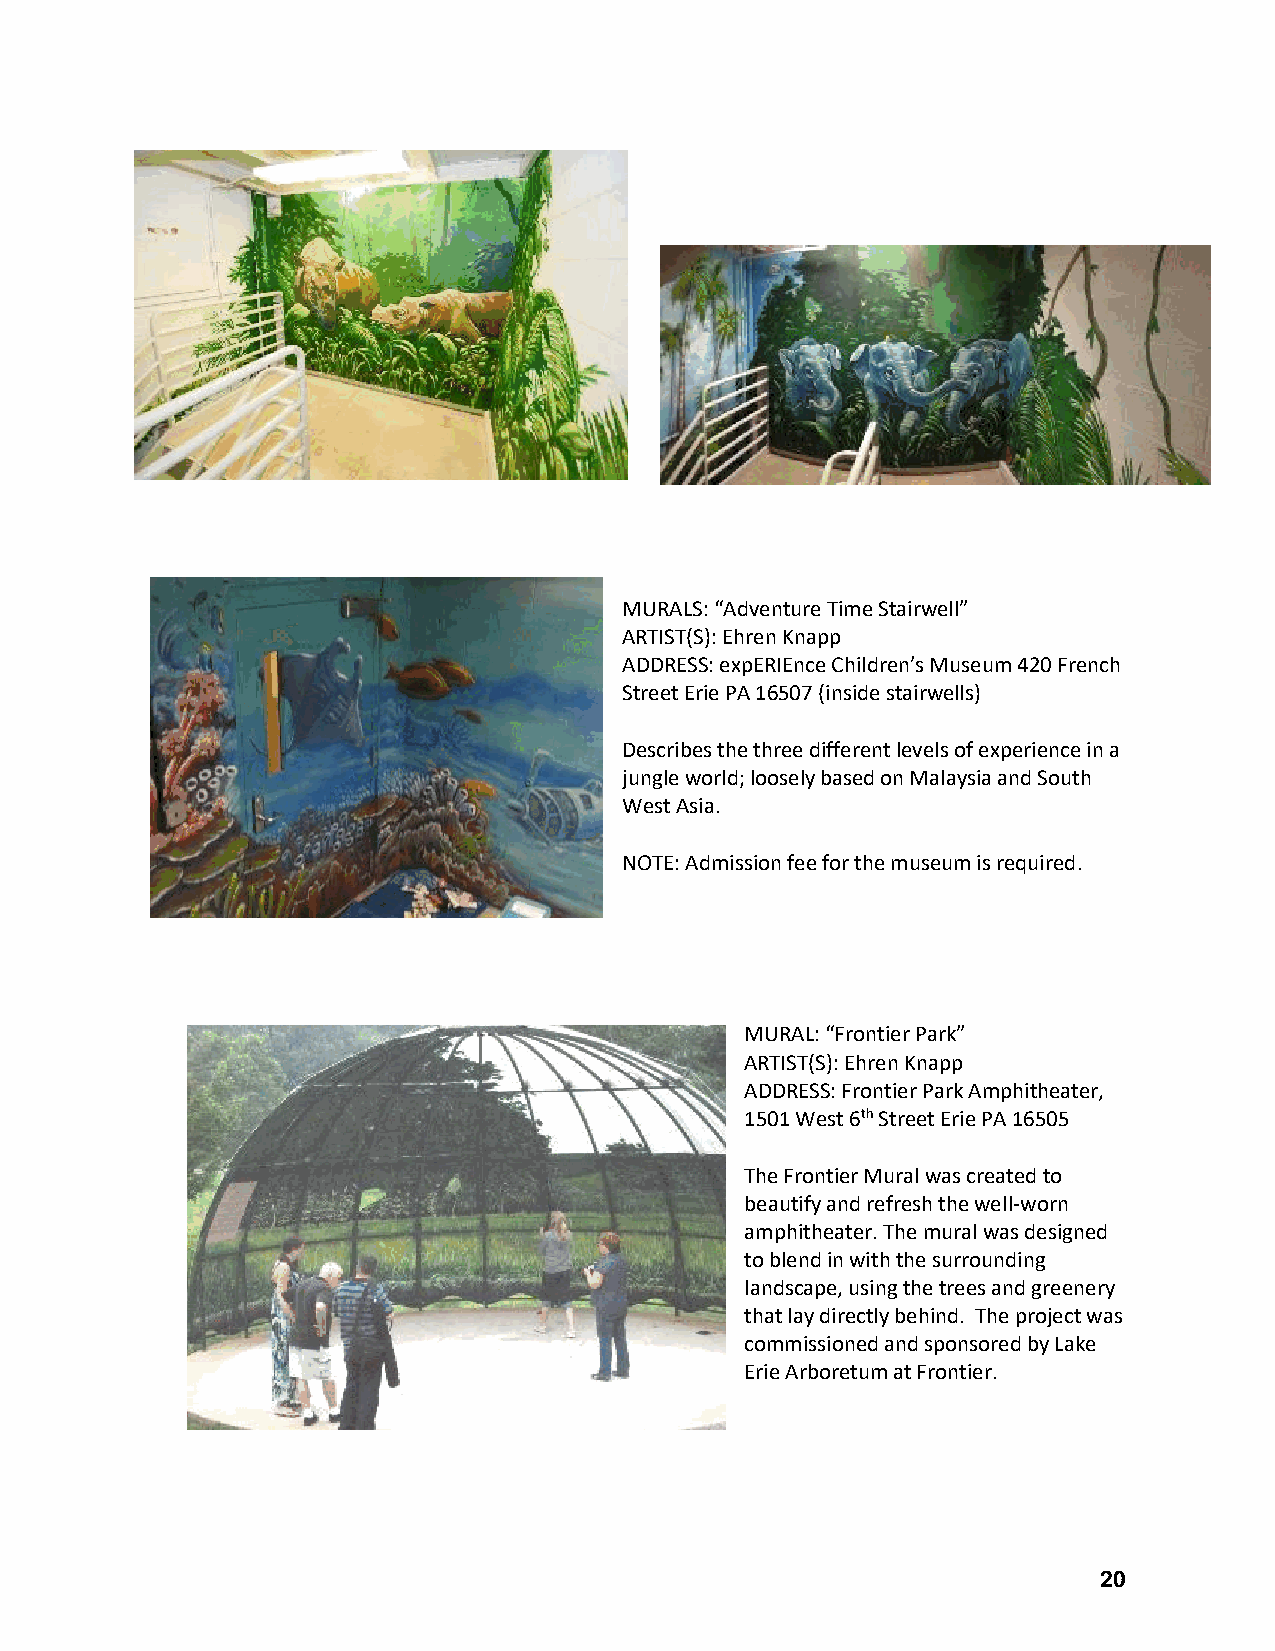
MURALS: “Adventure Time Stairwell”
 ARTIST(S): Ehren Knapp
 ADDRESS: expERIEnce Children’s Museum 420 French
 Street Erie PA 16507 (inside stairwells)
 Describes the three different levels of experience in a
 jungle world; loosely based on Malaysia and South
 West Asia.
 NOTE: Admission fee for the museum is required.
 MURAL: “Frontier Park”
 ARTIST(S): Ehren Knapp
 ADDRESS: Frontier Park Amphitheater,
 1501 West 6th Street Erie PA 16505
 The Frontier Mural was created to
 beautify and refresh the well-worn
 amphitheater. The mural was designed
 to blend in with the surrounding
 landscape, using the trees and greenery
 that lay directly behind. The project was
 commissioned and sponsored by Lake
 Erie Arboretum at Frontier.
 20